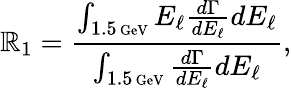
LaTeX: \mathbb{R}_{1}={\frac{{\int_{1.5\mathrm{{\scriptsize~GeV}}}E_{\ell}{\frac{{d\Gamma}}{{dE_{\ell}}}}dE_{\ell}}}{{\int_{1.5\mathrm{{\scriptsize~GeV}}}{\frac{{d\Gamma}}{{dE_{\ell}}}}dE_{\ell}}}},